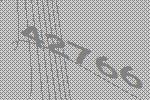
42766